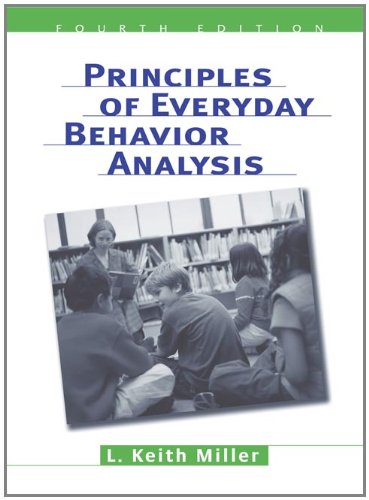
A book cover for Principles of Everyday Behavior Analysis (with Printed Access Card); L. Keith Miller; Medical Books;